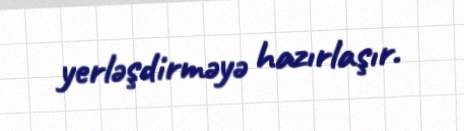
yerləşdirməyə hazırlaşır.